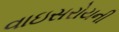
વાઇસરોયની